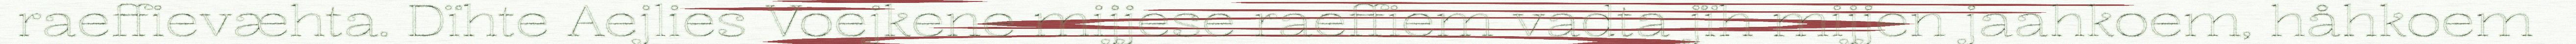
raeffievæhta. Dïhte Aejlies Voejkene mijjese raeffiem vadta jïh mijjen jaahkoem, håhkoem